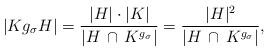
LaTeX: \begin{align*}\vert K g_\sigma H\vert = \frac{\vert H\vert\cdot \vert K\vert}{\vert H \,\cap\, K^{g_\sigma}\vert} = \frac{\vert H\vert^2}{\vert H \,\cap\, K^{g_\sigma}\vert},\end{align*}